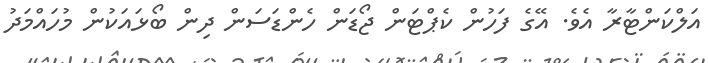
އަލްކަންޓާރާ އެވެ. އޭގެ ފަހުން ކެޕްޓަން ޖޯޑަން ހެންޑަސަން ދިން ބޯޅައަކުން މުހައްމަދު